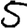
Digit: 5